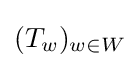
(T_{w})_{w\in W}